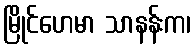
မြိုင်ဟေမာ သာနန်းက၊